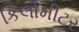
કિલોમીટર